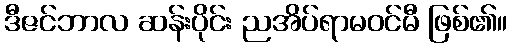
ဒီဇင်ဘာလ ဆန်းပိုင်း ညအိပ်ရာမဝင်မီ ဖြစ်၏။